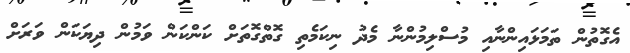
އެގޮތުން ތަމަޅައިންނާއި މުސްލިމުންނާ މެދު ނިކަމެތި ގޮތްގޮތަށް ކަންކަން ވަމުން ދިޔަކަން ވަރަށް